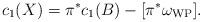
LaTeX: \begin{align*}c_1(X)=\pi^*c_1(B)-[\pi^*\omega_{\mathrm{WP}}].\end{align*}